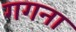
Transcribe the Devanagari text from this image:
गगना